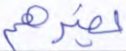
يضرهم